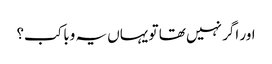
اور اگر نہیں تھا تو یہاں یہ وبا کب؟